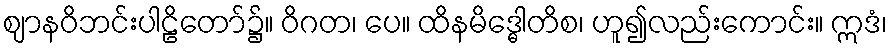
ဈာနဝိဘင်းပါဠိတော်၌။ ဝိဂတ၊ ပေ။ ထိနမိဒ္ဓေါတိစ၊ ဟူ၍လည်းကောင်း။ ဣဒံ၊